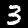
Label: 3